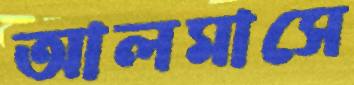
আলমাসে